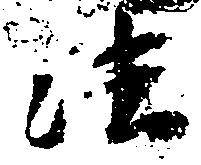
法